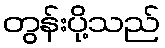
တွန်းပို့သည်